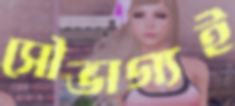
সৌভাগ্যই